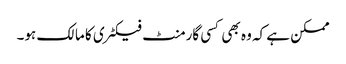
ممکن ہے کہ وہ بھی کسی گارمنٹ فیکٹری کا مالک ہو۔